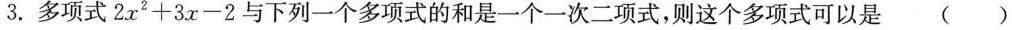
3.多项式$$2 x ^ { 2 } + 3 x - 2$$与下列一个多项式的和是一个一次二项式，则这个多项式可以是 ( )